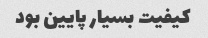
کیفیت بسیار پایین بود